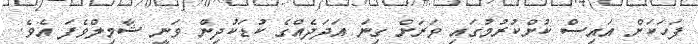
ފަހަކަށް އައިސް ކުށްކުރުމުގައި ވަރަށް ގިނަ އަދަދެއްގެ ކުޑަކުދިން ވަނީ ޝާމިލްވެފަ އެވެ.